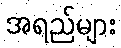
အရည်များ